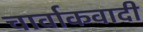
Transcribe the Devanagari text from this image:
चार्वाकवादी